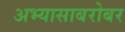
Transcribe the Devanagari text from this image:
अभ्यासाबरोबर